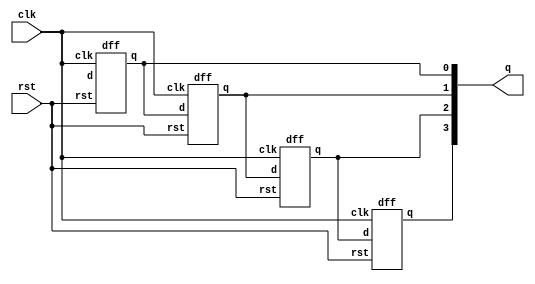
module johnson_counter (
    input clk, rst, output [3:0] q
);
   wire w;
   not a(w1, q[3]);

   dff d1(.clk(clk), .rst(rst), .d(w), .q(q[0]));
   dff d2(.clk(clk), .rst(rst), .d(q[0]), .q(q[1]));
   dff d3(.clk(clk), .rst(rst), .d(q[1]), .q(q[2]));
   dff d4(.clk(clk), .rst(rst), .d(q[2]), .q(q[3]));

endmodule

module dff (
    input d, clk, rst, output reg q, qbar
);
    always@(posedge clk) begin
        if(rst)
        {q, qbar} <= {1'b0, 1'b1};
        else
        {q, qbar} <= {d, ~d};
    end
endmodule